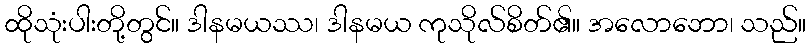
ထိုသုံးပါးတို့တွင်။ ဒါနမယဿ၊ ဒါနမယ ကုသိုလ်စိတ်၏။ အလောဘော၊ သည်။